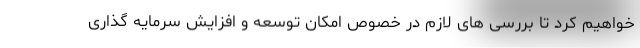
خواهیم کرد تا بررسی های لازم در خصوص امکان توسعه و افزایش سرمایه گذاری